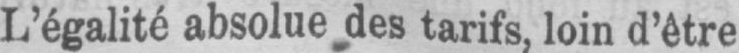
L’égalité absolue des tarifs, loin d’être